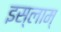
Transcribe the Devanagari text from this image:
इस्लाम्